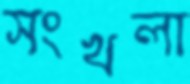
সংখলা